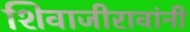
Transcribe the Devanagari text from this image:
शिवाजीरावांनी